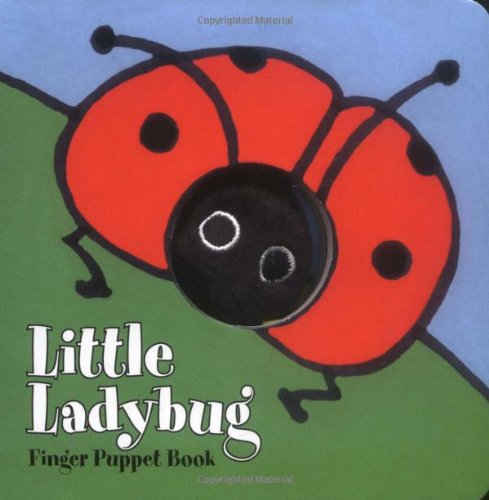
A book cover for Little Ladybug: Finger Puppet Book (Little Finger Puppet Board Books); Chronicle Books; Children's Books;